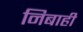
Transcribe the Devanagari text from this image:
निबाही